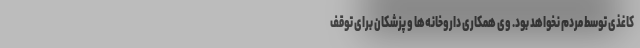
کاغذی توسط مردم نخواهد بود. وی همکاری داروخانه‌ها و پزشکان برای توقف